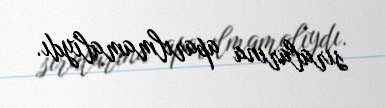
sıralarına aparılmamalıydı.